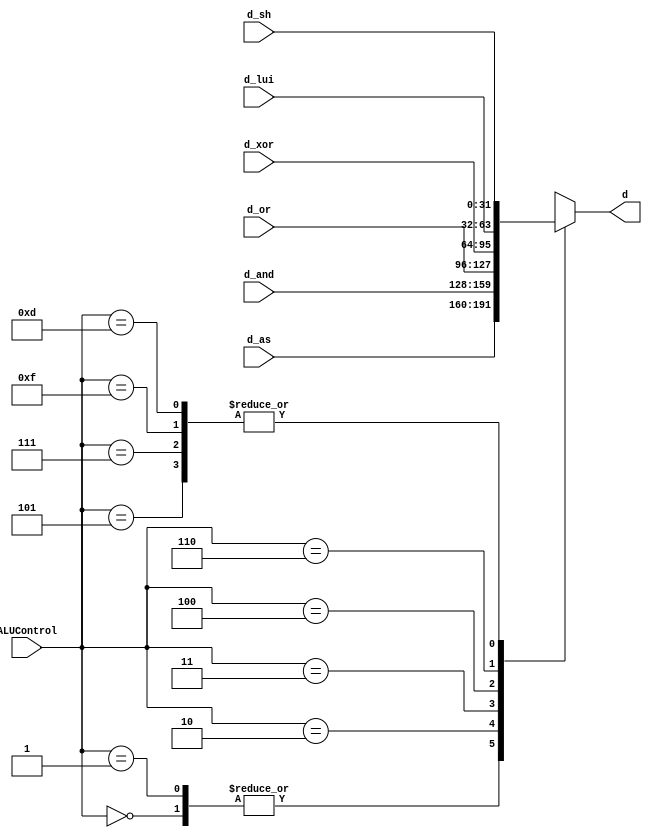
`timescale 1ns / 1ps

module MUX6T1X32(d_and,d_or,d_xor,d_lui,d_sh,d_as,ALUControl,d);
    input [31:0]d_and,d_or,d_xor,d_lui,d_sh,d_as;
    input [3:0]ALUControl;
    output [31:0]d;
    function [31:0]select;
        input [31:0]d_and,d_or,d_xor,d_lui,d_sh,d_as;
        input [3:0]ALUControl;
            case(ALUControl)
                4'b0000:select = d_as;
                4'b0001:select = d_as;

                4'b0010:select = d_and;
                4'b0011:select = d_or;
                4'b0100:select = d_xor;
                4'b0110:select = d_lui;

                4'b0101:select = d_sh;
                4'b0111:select = d_sh;
                4'b1111:select = d_sh;
                4'b1101:select = d_sh;
            endcase
    endfunction
    assign d = select(d_and, d_or, d_xor, d_lui, d_sh, d_as, ALUControl);
endmodule